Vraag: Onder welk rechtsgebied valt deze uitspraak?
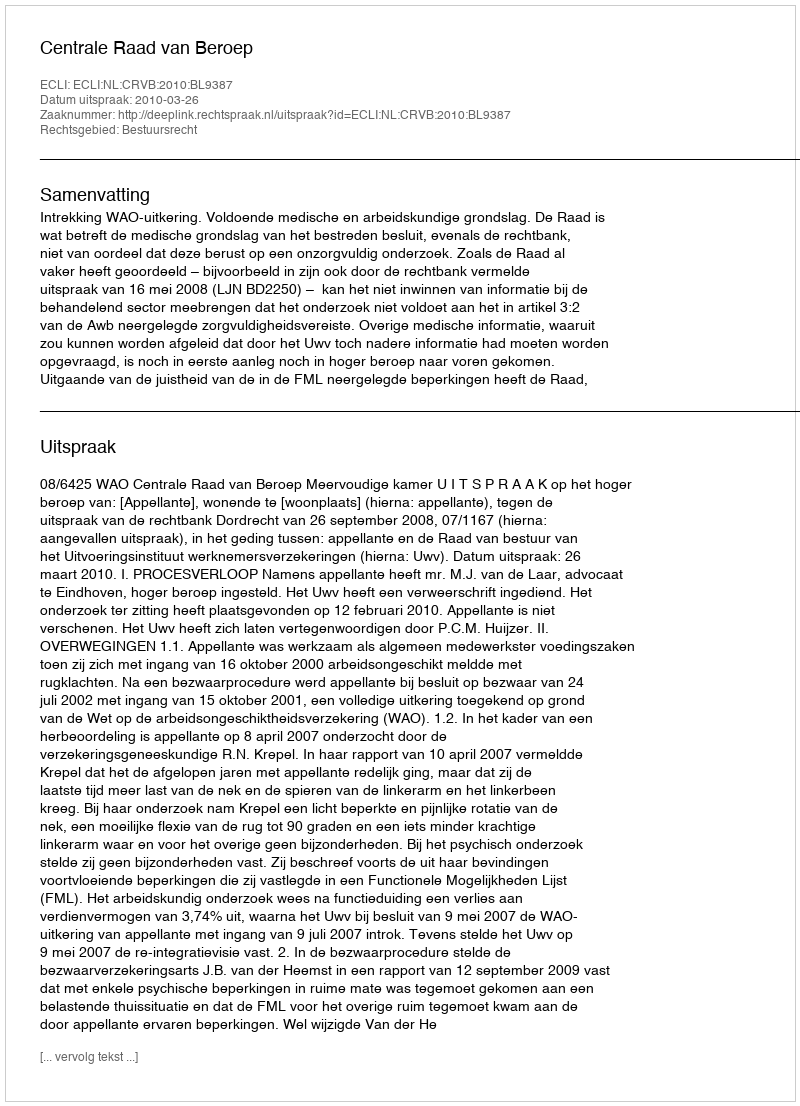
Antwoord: Bestuursrecht